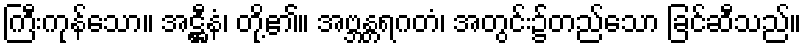
ကြီးကုန်သော။ အဋ္ဌီနံ၊ တို့၏။ အဗ္ဘန္တရဂတံ၊ အတွင်း၌တည်သော ခြင်ဆီသည်။